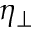
\eta _ { \perp }